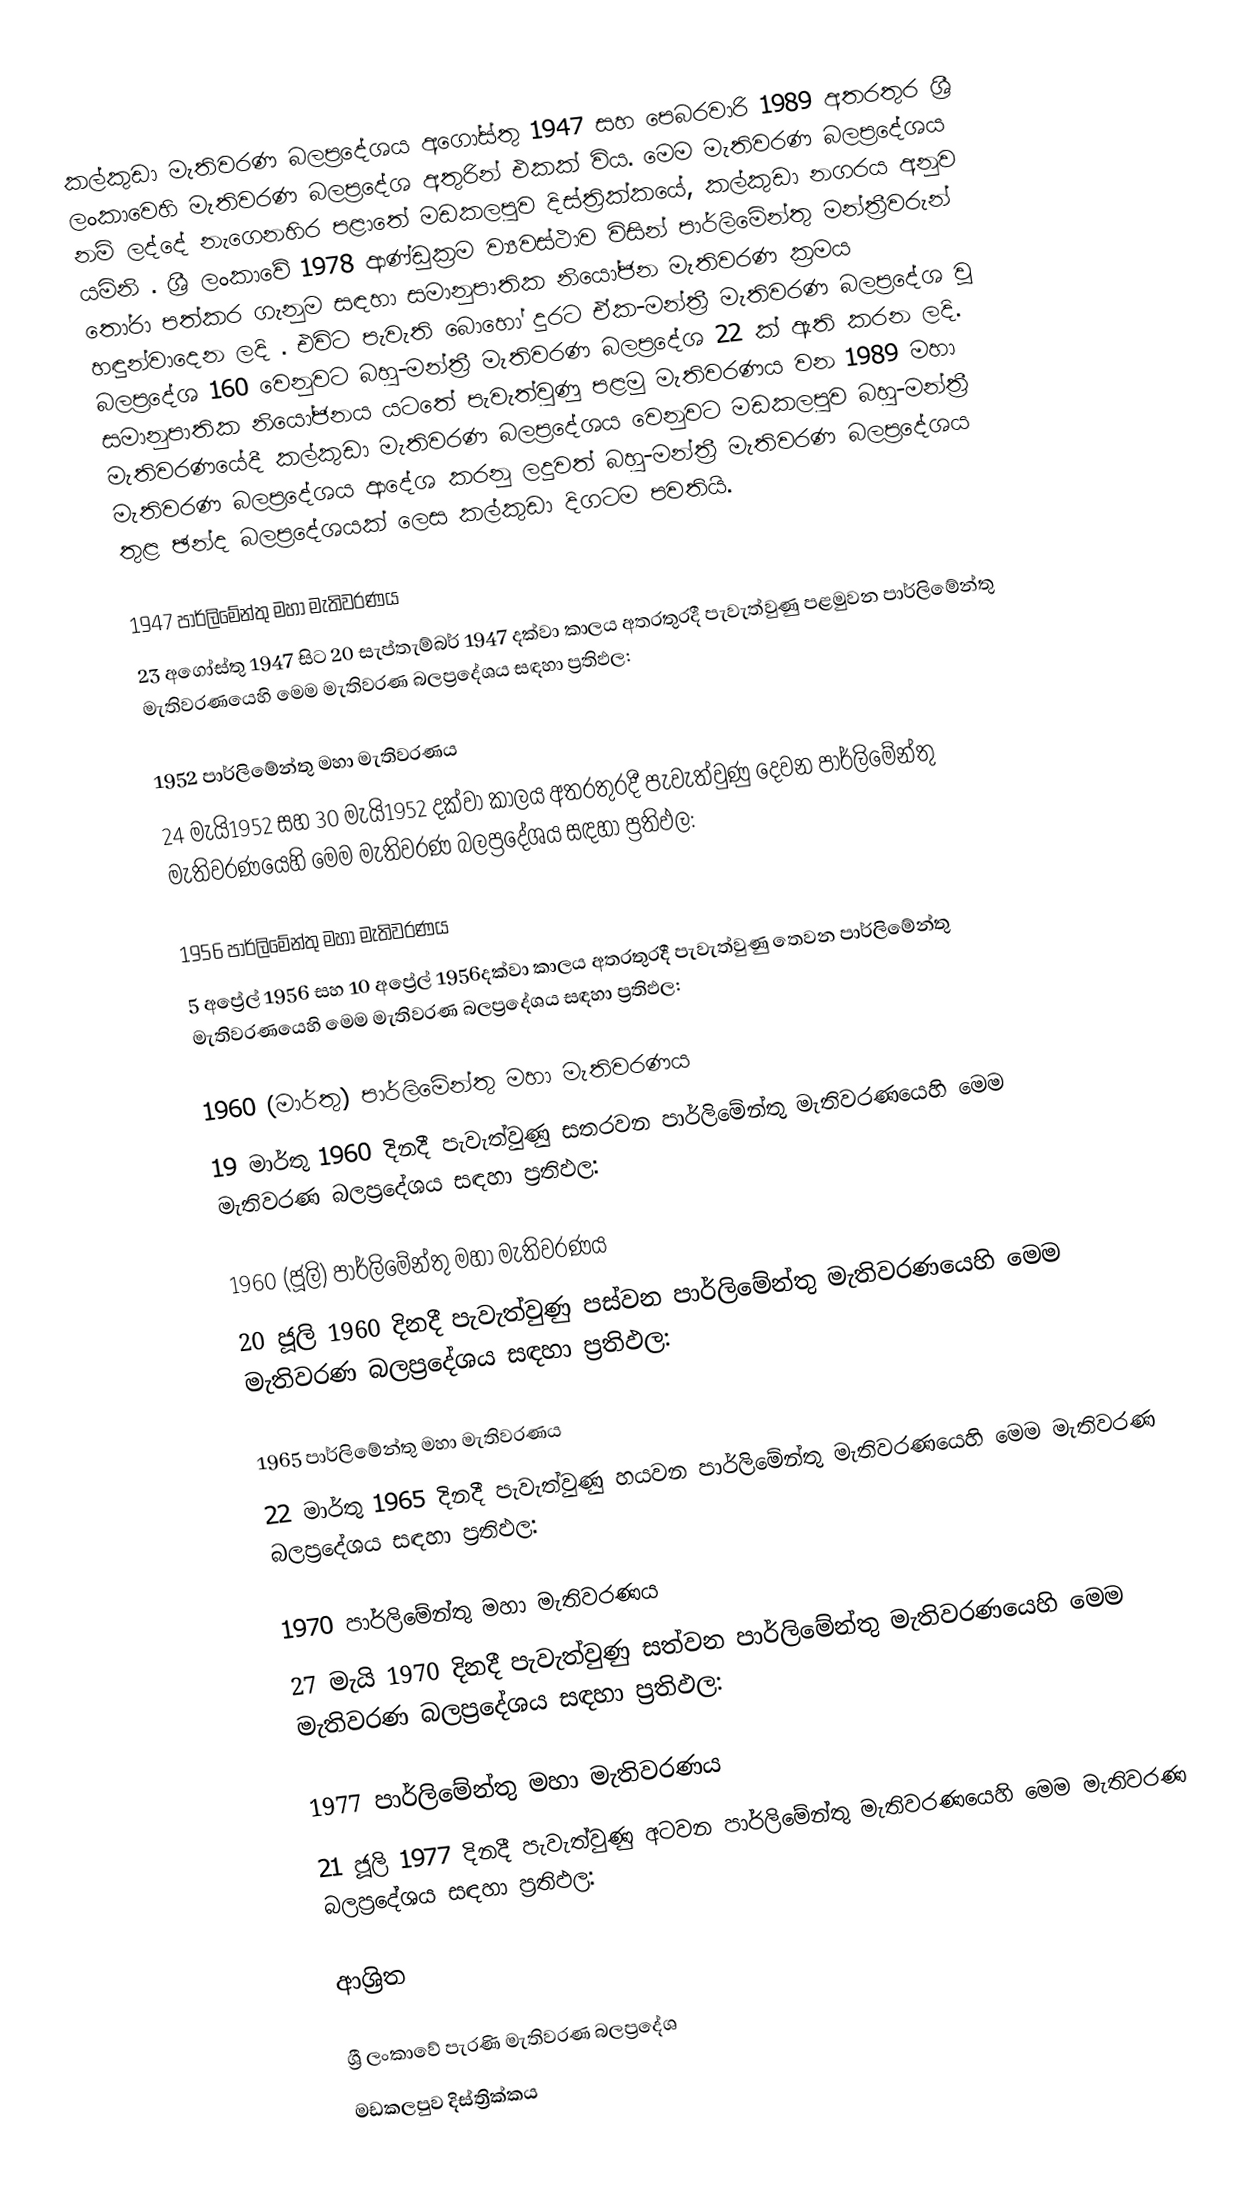
කල්කුඩා මැතිවරණ බලප්‍රදේශය  අගෝස්තු 1947 සහ පෙබරවාරි 1989 අතරතුර  ශ්‍රී ලංකාවෙහි  මැතිවරණ බලප්‍රදේශ අතුරින් එකක් විය. මෙම මැතිවරණ බලප්‍රදේශය නම් ලද්දේ  නැගෙනහිර පළාතේ  මඩකලපුව දිස්ත්‍රික්කයේ,  කල්කුඩා නගරය අනුව යමිනි . ශ්‍රී ලංකාවේ 1978 ආණ්ඩුක්‍රම ව්‍යවස්ථාව විසින්   පාර්ලිමේන්තු මන්ත්‍රීවරුන් තෝරා පත්කර ගැනුම සඳහා සමානුපාතික නියෝජන මැතිවරණ ක්‍රමය හඳුන්වාදෙන ලදි . එවිට පැවැති බොහෝ දුරට  ඒක-මන්ත්‍රී මැතිවරණ බලප්‍රදේශ වූ බලප්‍රදේශ 160 වෙනුවට බහු-මන්ත්‍රී මැතිවරණ බලප්‍රදේශ 22 ක් ඇති කරන ලදි. සමානුපාතික නියෝජනය යටතේ පැවැත්වුණු පළමු මැතිවරණය වන 1989 මහා මැතිවරණයේදී  කල්කුඩා මැතිවරණ බලප්‍රදේශය වෙනුවට  මඩකලපුව බහු-මන්ත්‍රී මැතිවරණ බලප්‍රදේශය  ආදේශ කරනු ලදුවත් බහු-මන්ත්‍රී මැතිවරණ බලප්‍රදේශය තුළ ඡන්ද බලප්‍රදේශයක් ලෙස කල්කුඩා දිගටම පවතියි.

1947 පාර්ලිමේන්තු මහා මැතිවරණය
23 අගෝස්තු 1947 සිට 20 සැප්තැම්බර් 1947 දක්වා කාලය අතරතුරදී පැවැත්වුණු  පළමුවන පාර්ලිමේන්තු මැතිවරණයෙහි මෙම මැතිවරණ බලප්‍රදේශය සඳහා ප්‍රතිඵල:

1952 පාර්ලිමේන්තු මහා මැතිවරණය
24 මැයි1952 සහ 30 මැයි1952 දක්වා කාලය අතරතුරදී පැවැත්වුණු  දෙවන පාර්ලිමේන්තු මැතිවරණයෙහි මෙම මැතිවරණ බලප්‍රදේශය සඳහා ප්‍රතිඵල:

1956 පාර්ලිමේන්තු මහා මැතිවරණය
5 අප්‍රේල් 1956 සහ 10 අප්‍රේල් 1956දක්වා කාලය අතරතුරදී පැවැත්වුණු  තෙවන පාර්ලිමේන්තු මැතිවරණයෙහි මෙම මැතිවරණ බලප්‍රදේශය සඳහා ප්‍රතිඵල:

1960 (මාර්තු) පාර්ලිමේන්තු මහා මැතිවරණය
19 මාර්තු 1960 දිනදී පැවැත්වුණු  සතරවන පාර්ලිමේන්තු මැතිවරණයෙහි මෙම මැතිවරණ බලප්‍රදේශය සඳහා ප්‍රතිඵල:

1960 (ජූලි) පාර්ලිමේන්තු මහා මැතිවරණය
20 ජූලි 1960 දිනදී පැවැත්වුණු  පස්වන පාර්ලිමේන්තු මැතිවරණයෙහි මෙම මැතිවරණ බලප්‍රදේශය සඳහා ප්‍රතිඵල:

1965 පාර්ලිමේන්තු මහා මැතිවරණය
22 මාර්තු 1965  දිනදී පැවැත්වුණු  හයවන පාර්ලිමේන්තු මැතිවරණයෙහි මෙම මැතිවරණ බලප්‍රදේශය සඳහා ප්‍රතිඵල:

1970 පාර්ලිමේන්තු මහා මැතිවරණය
27 මැයි 1970 දිනදී පැවැත්වුණු  සත්වන පාර්ලිමේන්තු මැතිවරණයෙහි මෙම මැතිවරණ බලප්‍රදේශය සඳහා ප්‍රතිඵල:

1977 පාර්ලිමේන්තු මහා මැතිවරණය
21 ජූලි 1977 දිනදී පැවැත්වුණු  අටවන පාර්ලිමේන්තු මැතිවරණයෙහි මෙම මැතිවරණ බලප්‍රදේශය සඳහා ප්‍රතිඵල:

ආශ්‍රිත

ශ්‍රී ලංකාවේ පැරණි මැතිවරණ බලප්‍රදේශ
මඩකලපුව දිස්ත්‍රික්කය